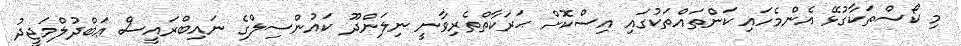
މި ކޯސްތަކާގުޅޭ އެންމެހައި ކަންތައްތަކުގައި އިސްކޮށް ޙަރަކާތްތެރިވާނީ ނިލަންދޫ ކައުންސިލްގެ ނައިބްރައީސް ޢަބްދުލްމަޖީދު